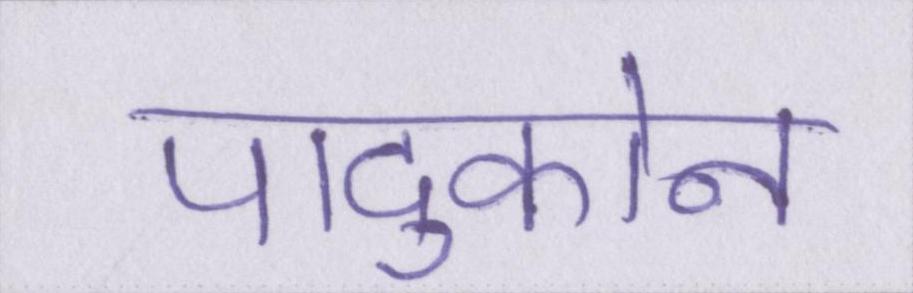
पादुकोन